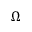
\Omega